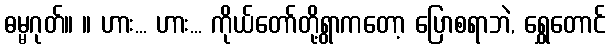
ဓမ္မဂုတ်။ ။ ဟား... ဟား... ကိုယ်တော်တို့ရွာကတော့ ပြောစရာဘဲ, ရွှေတောင်